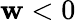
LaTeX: \mathbf{w}<0